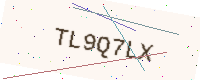
Text: TL9Q7LX